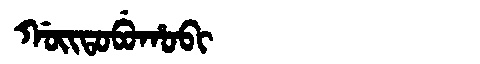
Manchu: ᡤᠣᡳᡨᠣᠪᡠᡥᠣᠪᡳ
Romanization: GOITOBUHOBI